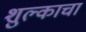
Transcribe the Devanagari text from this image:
शुल्काचा